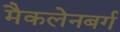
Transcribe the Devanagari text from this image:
मैकलेनबर्ग